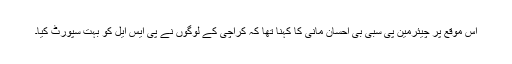
اس موقع پر چیئرمین پی سبی بی احسان مانی کا کہنا تھا کہ کراچی کے لوگوں نے پی ایس ایل کو بہت سپورٹ کیا۔